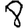
Digit: 8